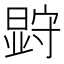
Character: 𭧗